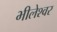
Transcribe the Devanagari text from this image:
भीलेश्‍वर